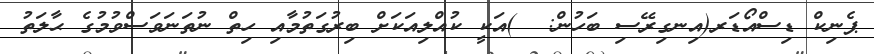
ޕެނިކް ޑިސްއޯޑަރ(އިނގިރޭސި ބަހުން:  )އަކީ ކުއްލިއަކަށް ބިރުގަތުމާއި ހިތް ނުތަނަވަސްވުމުގެ ޙާލަތު